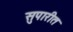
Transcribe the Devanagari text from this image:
सुपारीत